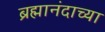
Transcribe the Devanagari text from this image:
ब्रह्मानंदाच्या